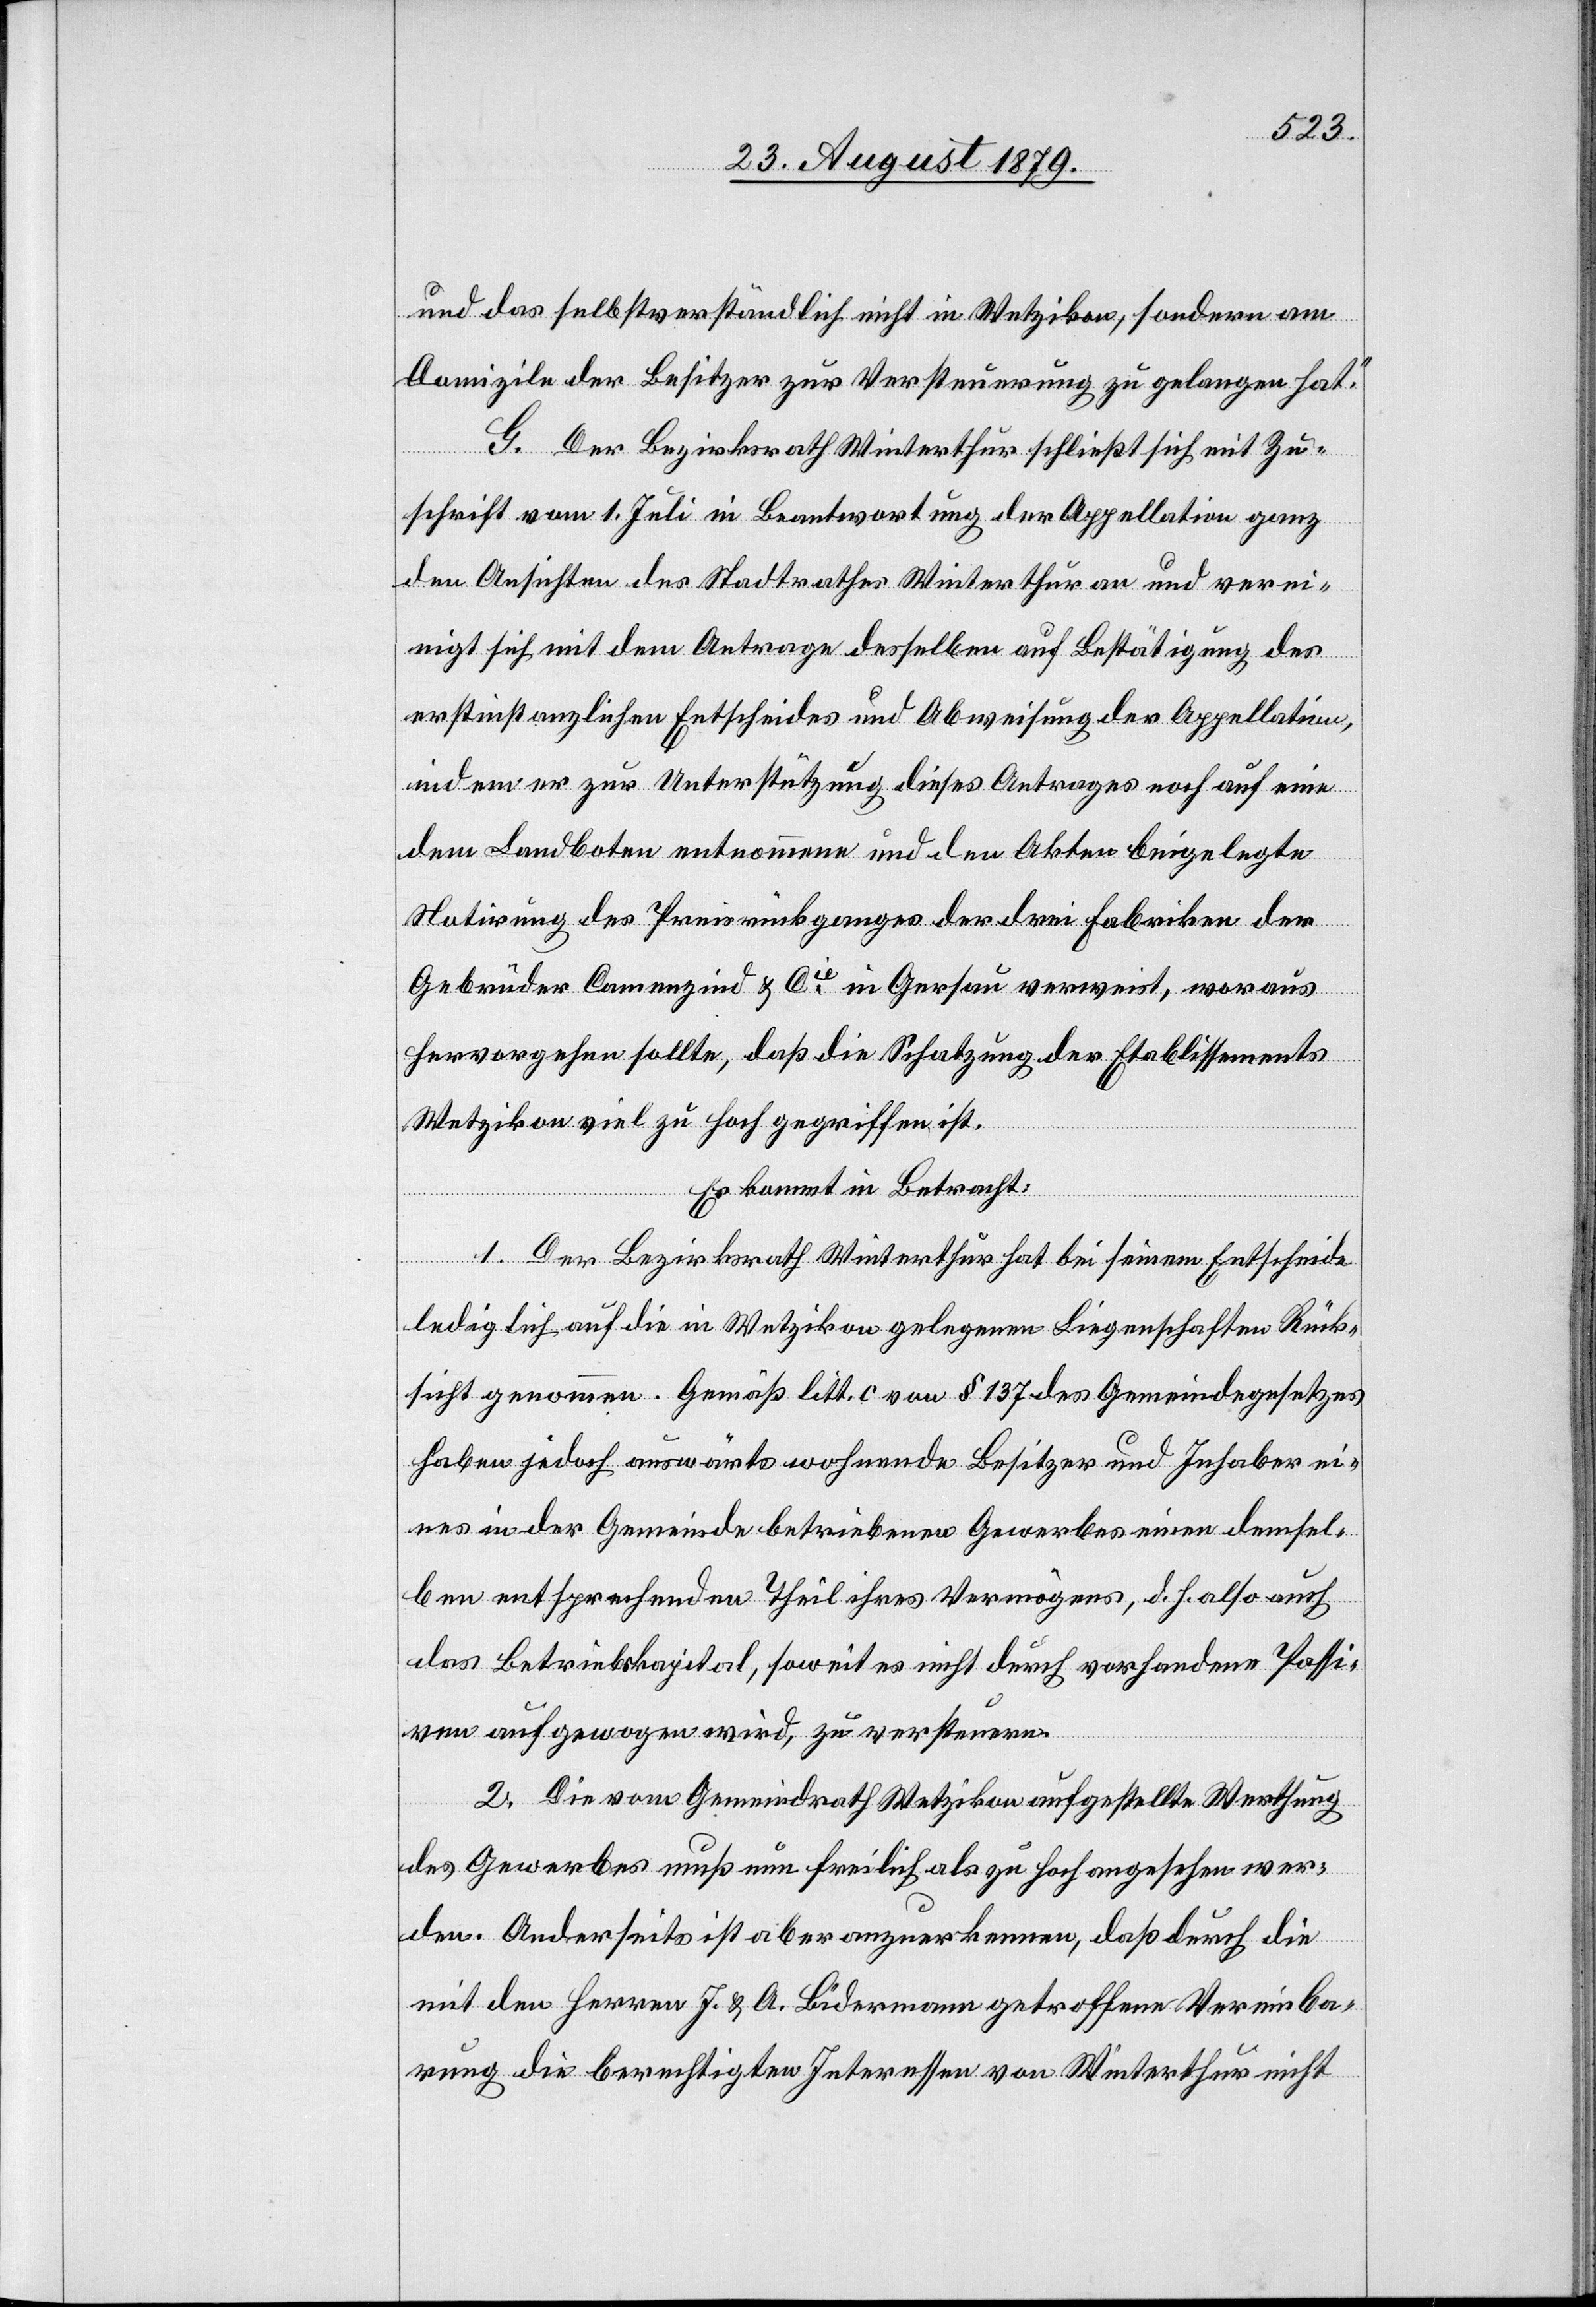
und das selbstverständlich nicht in Wetzikon, sondern am
Domizile der Besitzer zur Versteuerung zu gelangen hat.“
G. Der Bezirksrath Winterthur schließt sich mit Zu¬
schrift vom 1. Juli in Beantwortung der Appellation ganz
den Ansichten des Stadtrathes Winterthur an und verei¬
nigt sich mit dem Antrage desselben auf Bestätigung der
erstinstanzlichen Entscheides und Abweisung der Appellation,
indem er zur Unterstützung dieses Antrages noch auf eine
dem Landboten entnommene und den Akten beigelegte
Notirung des Preisrückganges der drei Fabriken der
Gebrüder Camenzind & Cie in Gersau verweist, woraus
hervorgehen sollte, daß die Schatzung der Etablissements
Wetzikon viel zu hoch gegriffen ist.
Es kommt in Betracht:
1. Der Bezirksrath Winterthur hat bei seinem Entscheide
lediglich auf die in Wetzikon gelegenen Liegenschaften Rück¬
sicht genommen. Gemäß litt. c von § 137 des Gemeindegesetzes
haben jedoch auswärts wohnende Besitzer und Inhaber ei¬
nes in der Gemeinde betriebenen Gewerbes einen demsel¬
ben entsprechenden Theil ihres Vermögens, d. h. also auch
das Betriebskapital, soweit es nicht durch vorhandene Passi¬
ven aufgewogen wird, zu versteuern.
2. Die vom Gemeindrath Wetzikon aufgestellte Werthung
des Gewerbes muß nun freilich als zu hoch angesehen wer¬
den. Anderseits ist aber anzuerkennen, daß durch die
mit den Herren J. & A. Bidermann getroffene Vereinba¬
rung die berechtigten Interessen von Winterthur nicht